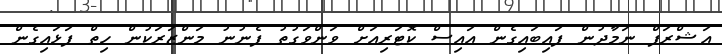
އަޝްރަފް ނަމާދުން ފައިބައިގެން އައިސް ކޮޓަރިއަށް ވަންވަގުތު ފެނުނު މަންޒަރަކުން ހިތް ފަޅައިގެން